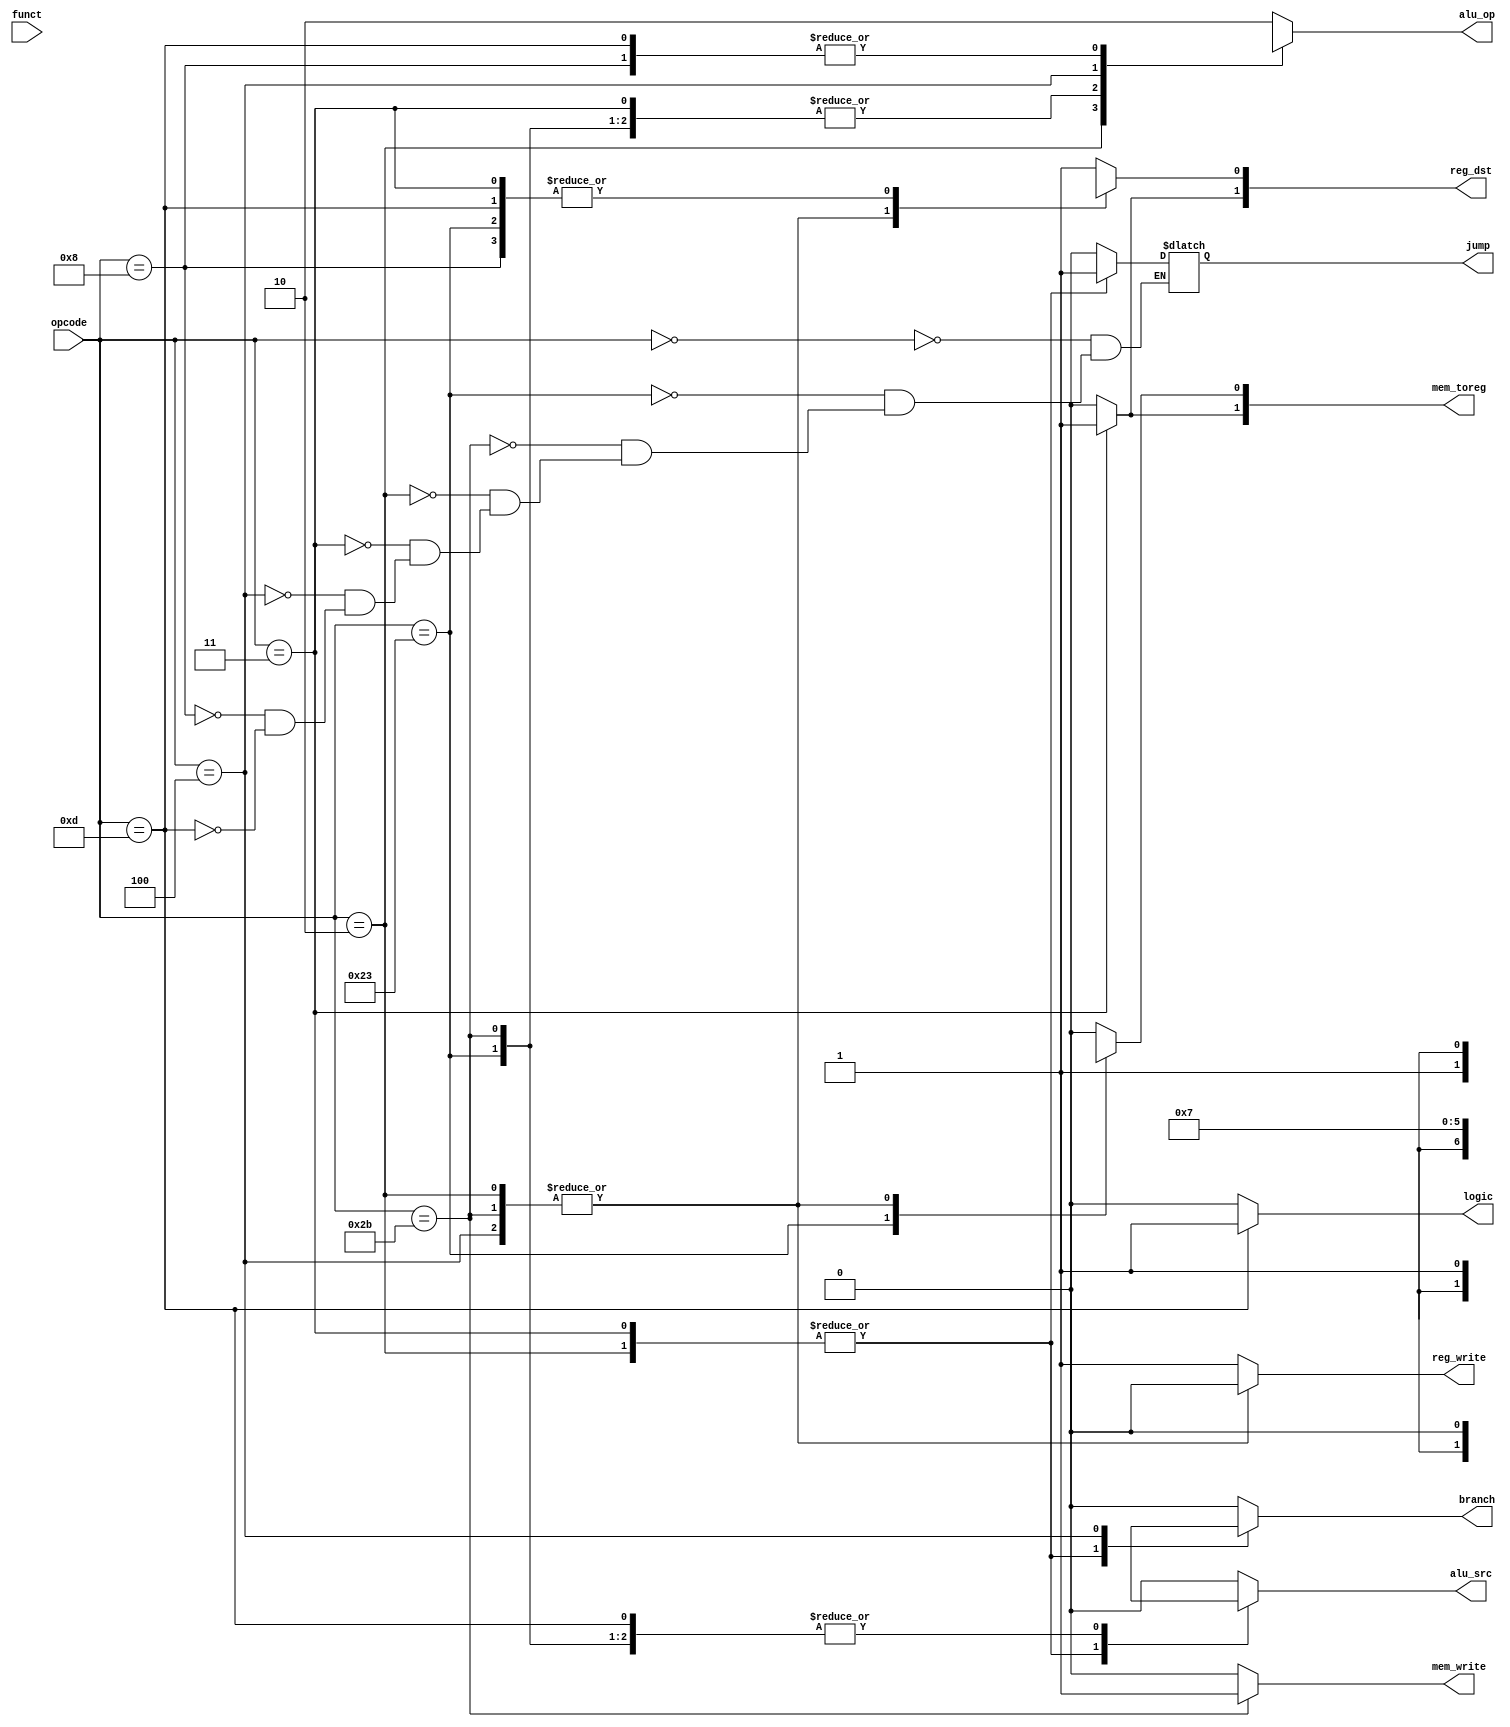
module controlunit
(
 input [5:0] opcode,
 input [5:0] funct, //we describe main decoder not ALU decoder so this variable is not used
 
 output reg mem_write,
 output reg [1:0]mem_toreg,
 output reg branch,
 output reg alu_src,
 output reg[1:0] reg_dst,
 output reg reg_write,
 output reg [1:0] alu_op,
 output reg jump,
 output reg logic
 
 );
 
 always@(*)
 begin
 if(opcode==6'b000011)
   begin
    mem_toreg[1]=1'b1;
    reg_dst[1]=1'b1; 
   end
 else begin
   mem_toreg[1]=1'b0;
   reg_dst[1]=1'b0;
 end 
 if (opcode==6'b001101)
   logic=1'b1;
 else logic=1'b0;
   
 case(opcode)
 
    6'b000000: //R_Type
 
           begin
 
                  reg_dst[0]=1;
 
                  alu_src=0;
 
                  mem_toreg[0]=0;
 
                  reg_write=1;
 
                  mem_write=0;
 
                  branch=0;
 
                  alu_op=2'b10;
 
                  jump=0;
 
           end
 
    6'b100011: //lw
 
           begin
 
                  reg_dst[0]=0;
 
                  alu_src=1;
 
                  mem_toreg[0]=1;
 
                  reg_write=1;
 
                  mem_write=0;
 
                  branch=0;
 
                  alu_op=2'b00;
 
                  jump=0;
 
           end
 
    6'b101011: //sw
 
           begin
 
                  reg_dst[0]=1'bx;
 
                  alu_src=1;
 
                  mem_toreg[0]=1'bx;
 
                  reg_write=0;
 
                  mem_write=1;
 
                  branch=0;
 
                  alu_op=2'b00;
 
                  jump=0;
 
           end
 
    6'b000010: //jump
 
           begin
 
                  reg_dst[0]=1'bx;
 
                  alu_src=1'bx;
 
                  mem_toreg[0]=1'bx;
 
                  reg_write=0;
 
                  mem_write=0;
 
                  branch=1'bx;
 
                  alu_op=2'bxx;
 
                  jump=1;
 
           end
 
6'b000011: //jal
 
           begin
 
                  reg_dst[0]=1'b0;
 
                  alu_src=1'bx;
 
                  mem_toreg[0]=1'b0;
 
                  reg_write=1;
 
                  mem_write=0;
 
                  branch=1'bx;
 
                  alu_op=2'b00;
 
                  jump=1;
 
           end
 
    6'b000100: //beq
 
           begin
 
                  reg_dst[0]=1'bx;
 
                  alu_src=0;
 
                  mem_toreg[0]=1'bx;
 
                  reg_write=0;
 
                  mem_write=0;
 
                  branch=1;
 
                  alu_op=2'b01;
 
                  jump=0;
 
           end
 
          
 
    6'b001000: //addi

           begin
 
                  reg_dst[0]=0;
 
                  alu_src=1;
 
                 mem_toreg[0]=0;
 
                  reg_write=1;
 
                  mem_write=0;
 
                  branch=0;
 
                  alu_op=2'b11;
 
                  jump=0;
 
           end
 
     6'b001101: //ori

           begin
 
                  reg_dst[0]=0;
 
                  alu_src=1;
 
                  mem_toreg[0]=0;
 
                  reg_write=1;
 
                  mem_write=0;
 
                  branch=0;
 
                  alu_op=2'b11;
 
                  jump=0;
 
           end
   
 
    default://look @ function
 
           begin
 
                  reg_dst[0]=1;
 
                  alu_src=0;

                  mem_toreg[0]=0;
 
                  reg_write=1;
 
                  mem_write=0;
 
                  branch=0;
 
                  alu_op=2'b10;
 
           end
 
 endcase
end
endmodule